Jaan_Tonisson_(Lasteleht), lk 143
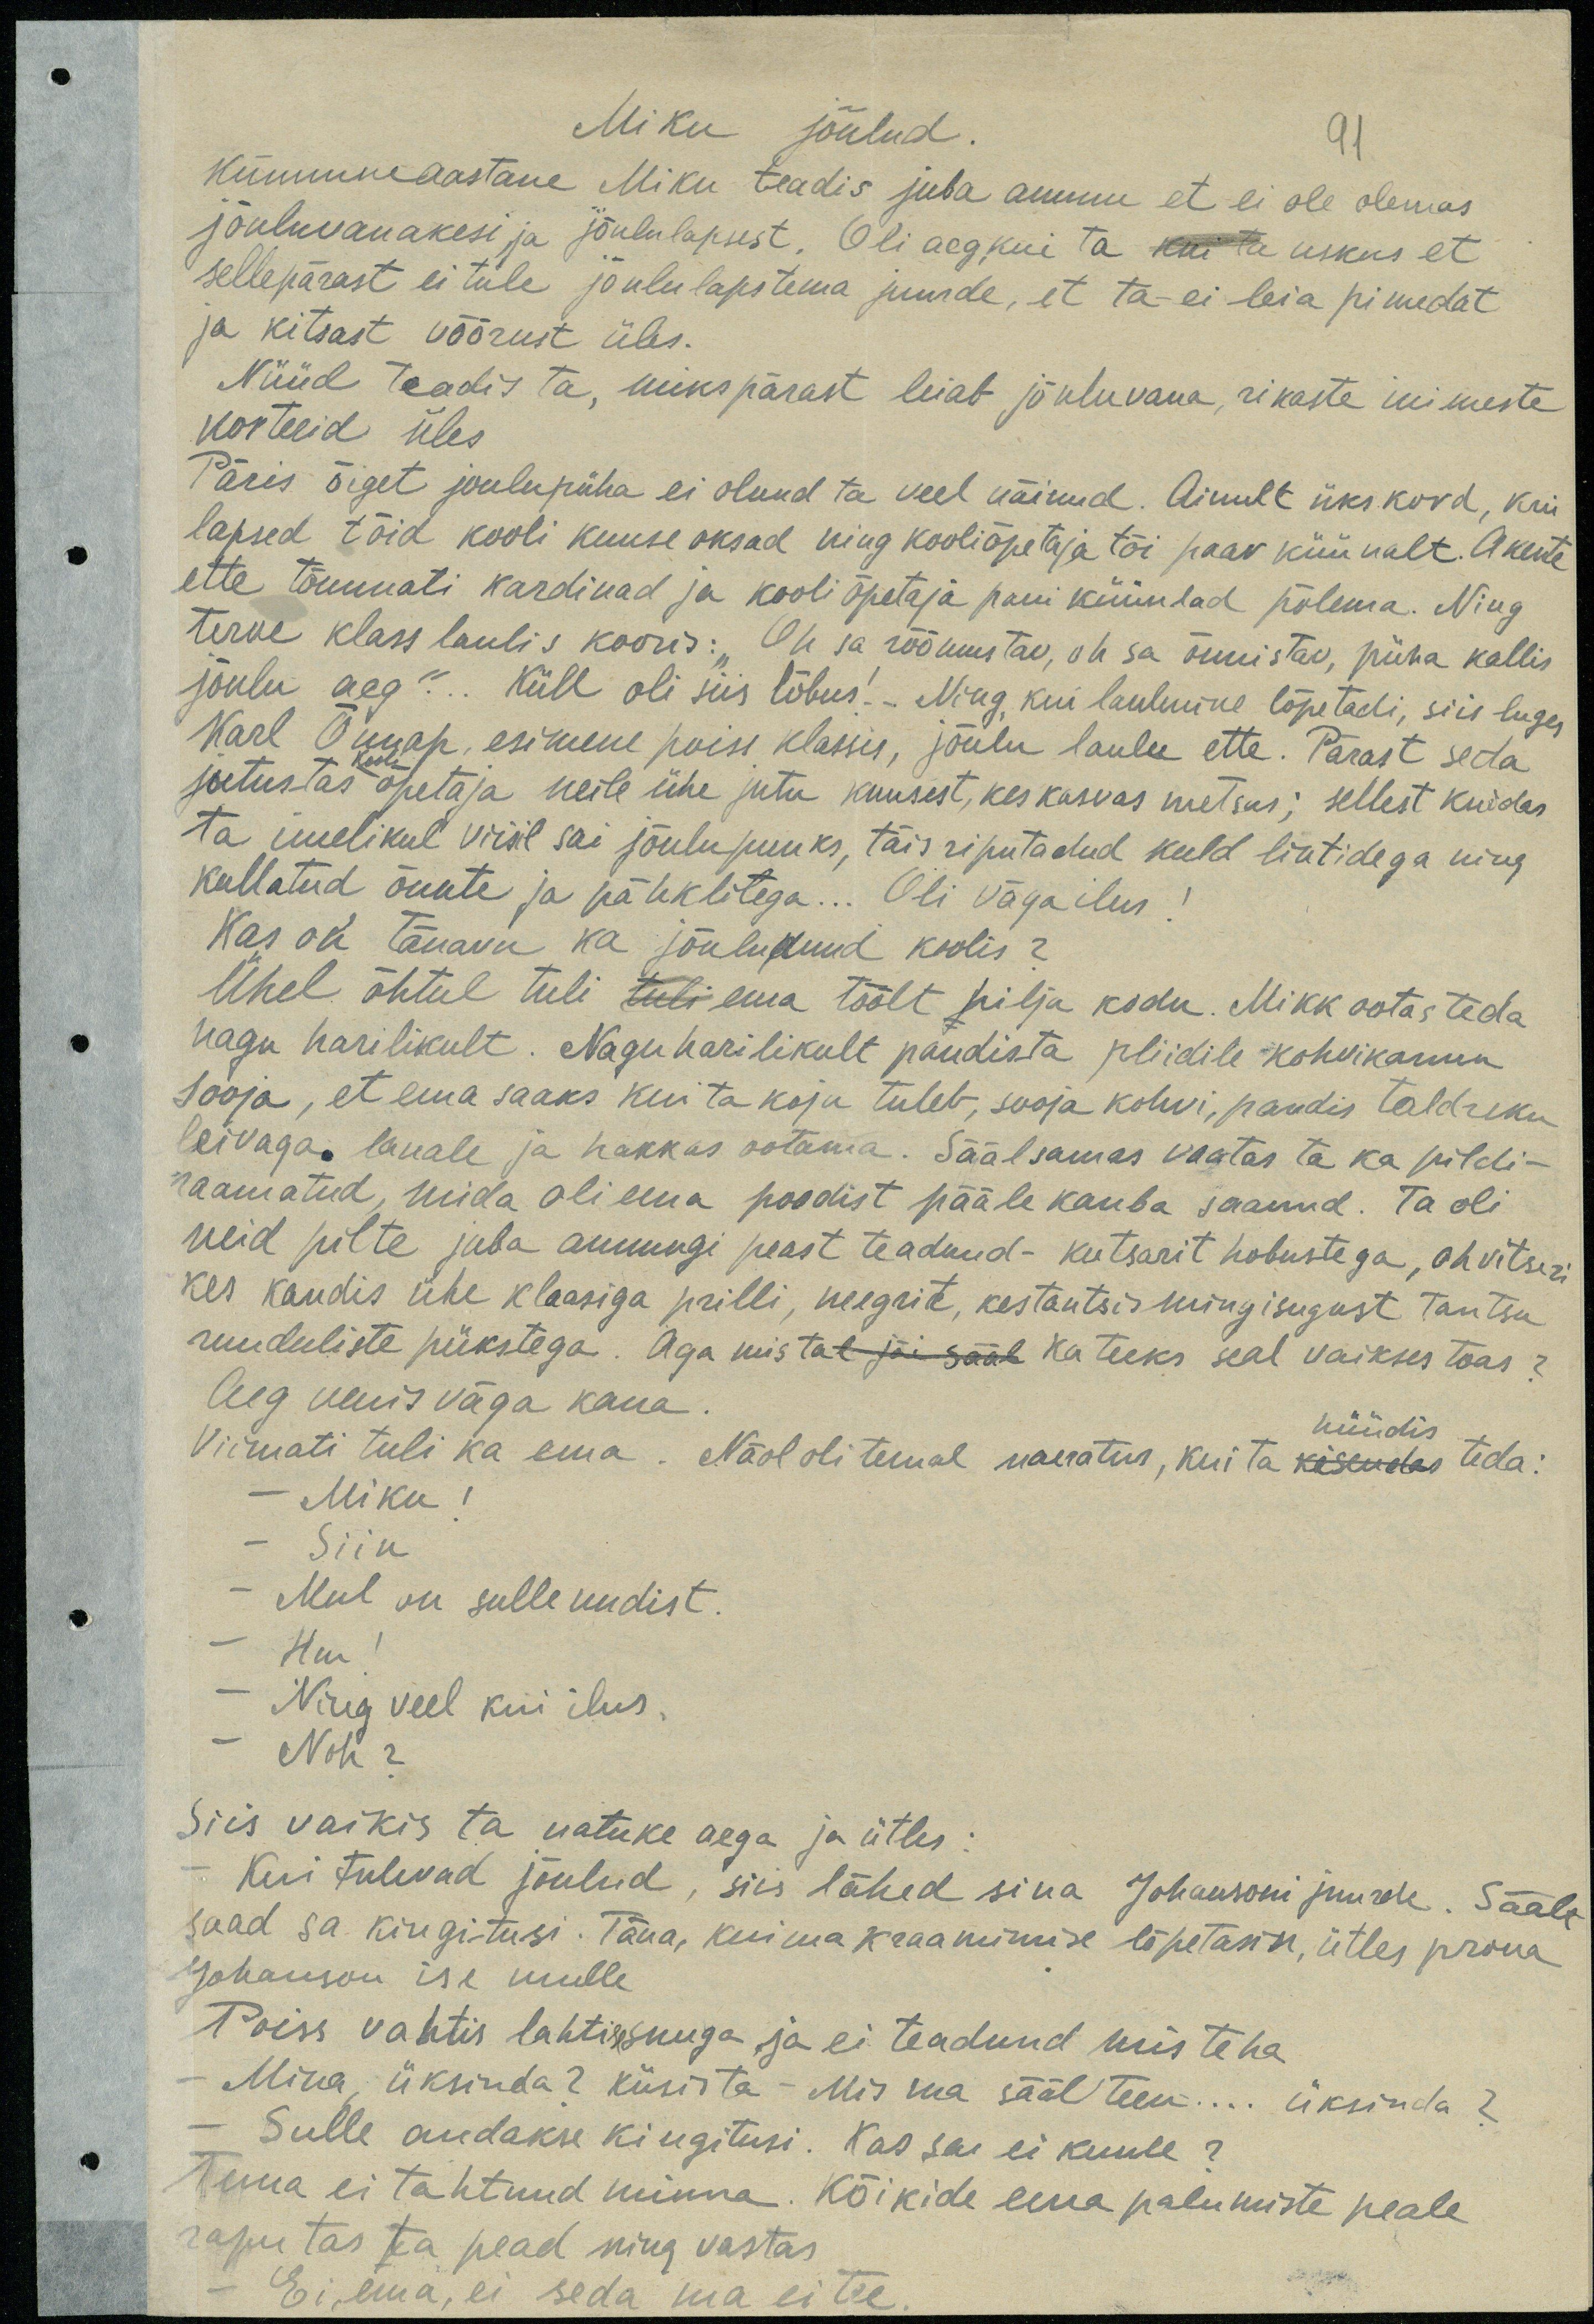
Miku jõulud.
91
Kümmneaastane Miku teadis juba ammu et ei ole olemas
jõuluvanakesi ja jõululapsest. Oli aeg kui ta kui ta uskus et
sellepärast ei tule jõululaps tema juurde, et ta ei leia pimedat
ja kitsast võõrust üles.
Nüüd teadis ta, mikspärast leiab jõuluvana, rikaste inimeste
Päris õiget joulupüha ei olnud ta veel näinud. Ainult ükskord, kui
lapsed tõid kooli kuuse oksad ning kooliõpetaja tõi paar küünalt. Akente
ette tõmmati kardinad ja kooli õpetaja pani küünlad põlema. Ning
terve klass laulis kooris: "Oh sa rõõmustav, oh sa õnnistav, püha kallis
jõulu aeg"... Küll oli siis lõbus! Ning kui laulmine lõpetadi, siis luges
Karl Õunap, esimene poiss klassis, jõulu laulu ette. Pärast seda
kooli
jutustas õpetaja neile ühe jutu kuusest, kes kasvas metsas; sellest kuidas
ta imelikul viisil sai jõulupuuks, täis riputadud kuld lintidega ning
kullatud õunte ja pähklitega... Oli väga ilus!
Kas on tänavu ka jõulupuud koolis?
Ühel õhtul tuli tuli ema töölt hilja kodu. Mikk ootas teda
nagu harilikult. Nagu harilikult pandis ta pliidile kohvikannu
sooja, et ema saaks kui ta koju tuleb, sooja kohvi, pandis taldriku
leivaga, lauale ja hakkas ootama. Säälsamas vaatas ta ka pildi-
raamatud, mida oli ema poodist pääle kauba saanud. Ta oli
neid pilte juba ammugi peast teadnud - kutsarit hobustega, ohvitseri
kes kandis ühe klaasiga prilli, neegrit, kes tantsis mingisugust tantsu
ruuduliste pükstega. Aga mis tal jäi sääl ka teeks seal vaikses toas?
Aeg venis väga kaua.
hüüdis
Viimati tuli ka ema. Näol oli temal naeratus, kui ta kisendas teda:
- Miku !
- Siin.
- Mul on sulle uudist.
-Hm
- Ning veel kui ilus.
Noh?
Siis vaikis ta natuke aega ja ütles:
Kui tulevad jõulud, siis lähed sina Johansoni juurde. Säält
saad sa kingitusi. Täna, kui ma kraamimise lõpetasin, ütles proua
Johanson ise mulle
Poiss vahtis lahtise suuga ja ei teadnud mis teha
Mina, üksinda? küsis ta - Mis ma sääl teen... üksinda?
Sulle andakse kingitusi. Kas sa ei kuule?
Mina ei tahtnud minna. Kõikide ema palumiste peale
raputas ta pead ning vastas
Ei ema, ei seda ma ei tee,